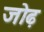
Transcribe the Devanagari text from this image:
जोढ़